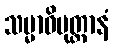
သမ္မာဝိမုတ္တာနံ